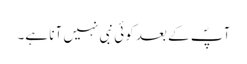
آپؐ کے بعد کوئی نبی نہیں آنا ہے۔